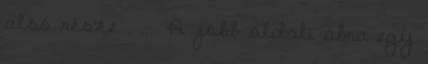
alsó része . .... A jobb oldali ábra egy